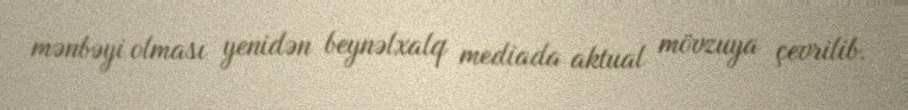
mənbəyi olması yenidən beynəlxalq mediada aktual mövzuya çevrilib.